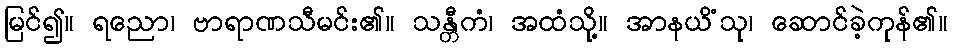
မြင်၍။ ရညော၊ ဗာရာဏသီမင်း၏။ သန္တီကံ၊ အထံသို့။ အာနယိံသု၊ ဆောင်ခဲ့ကုန်၏။